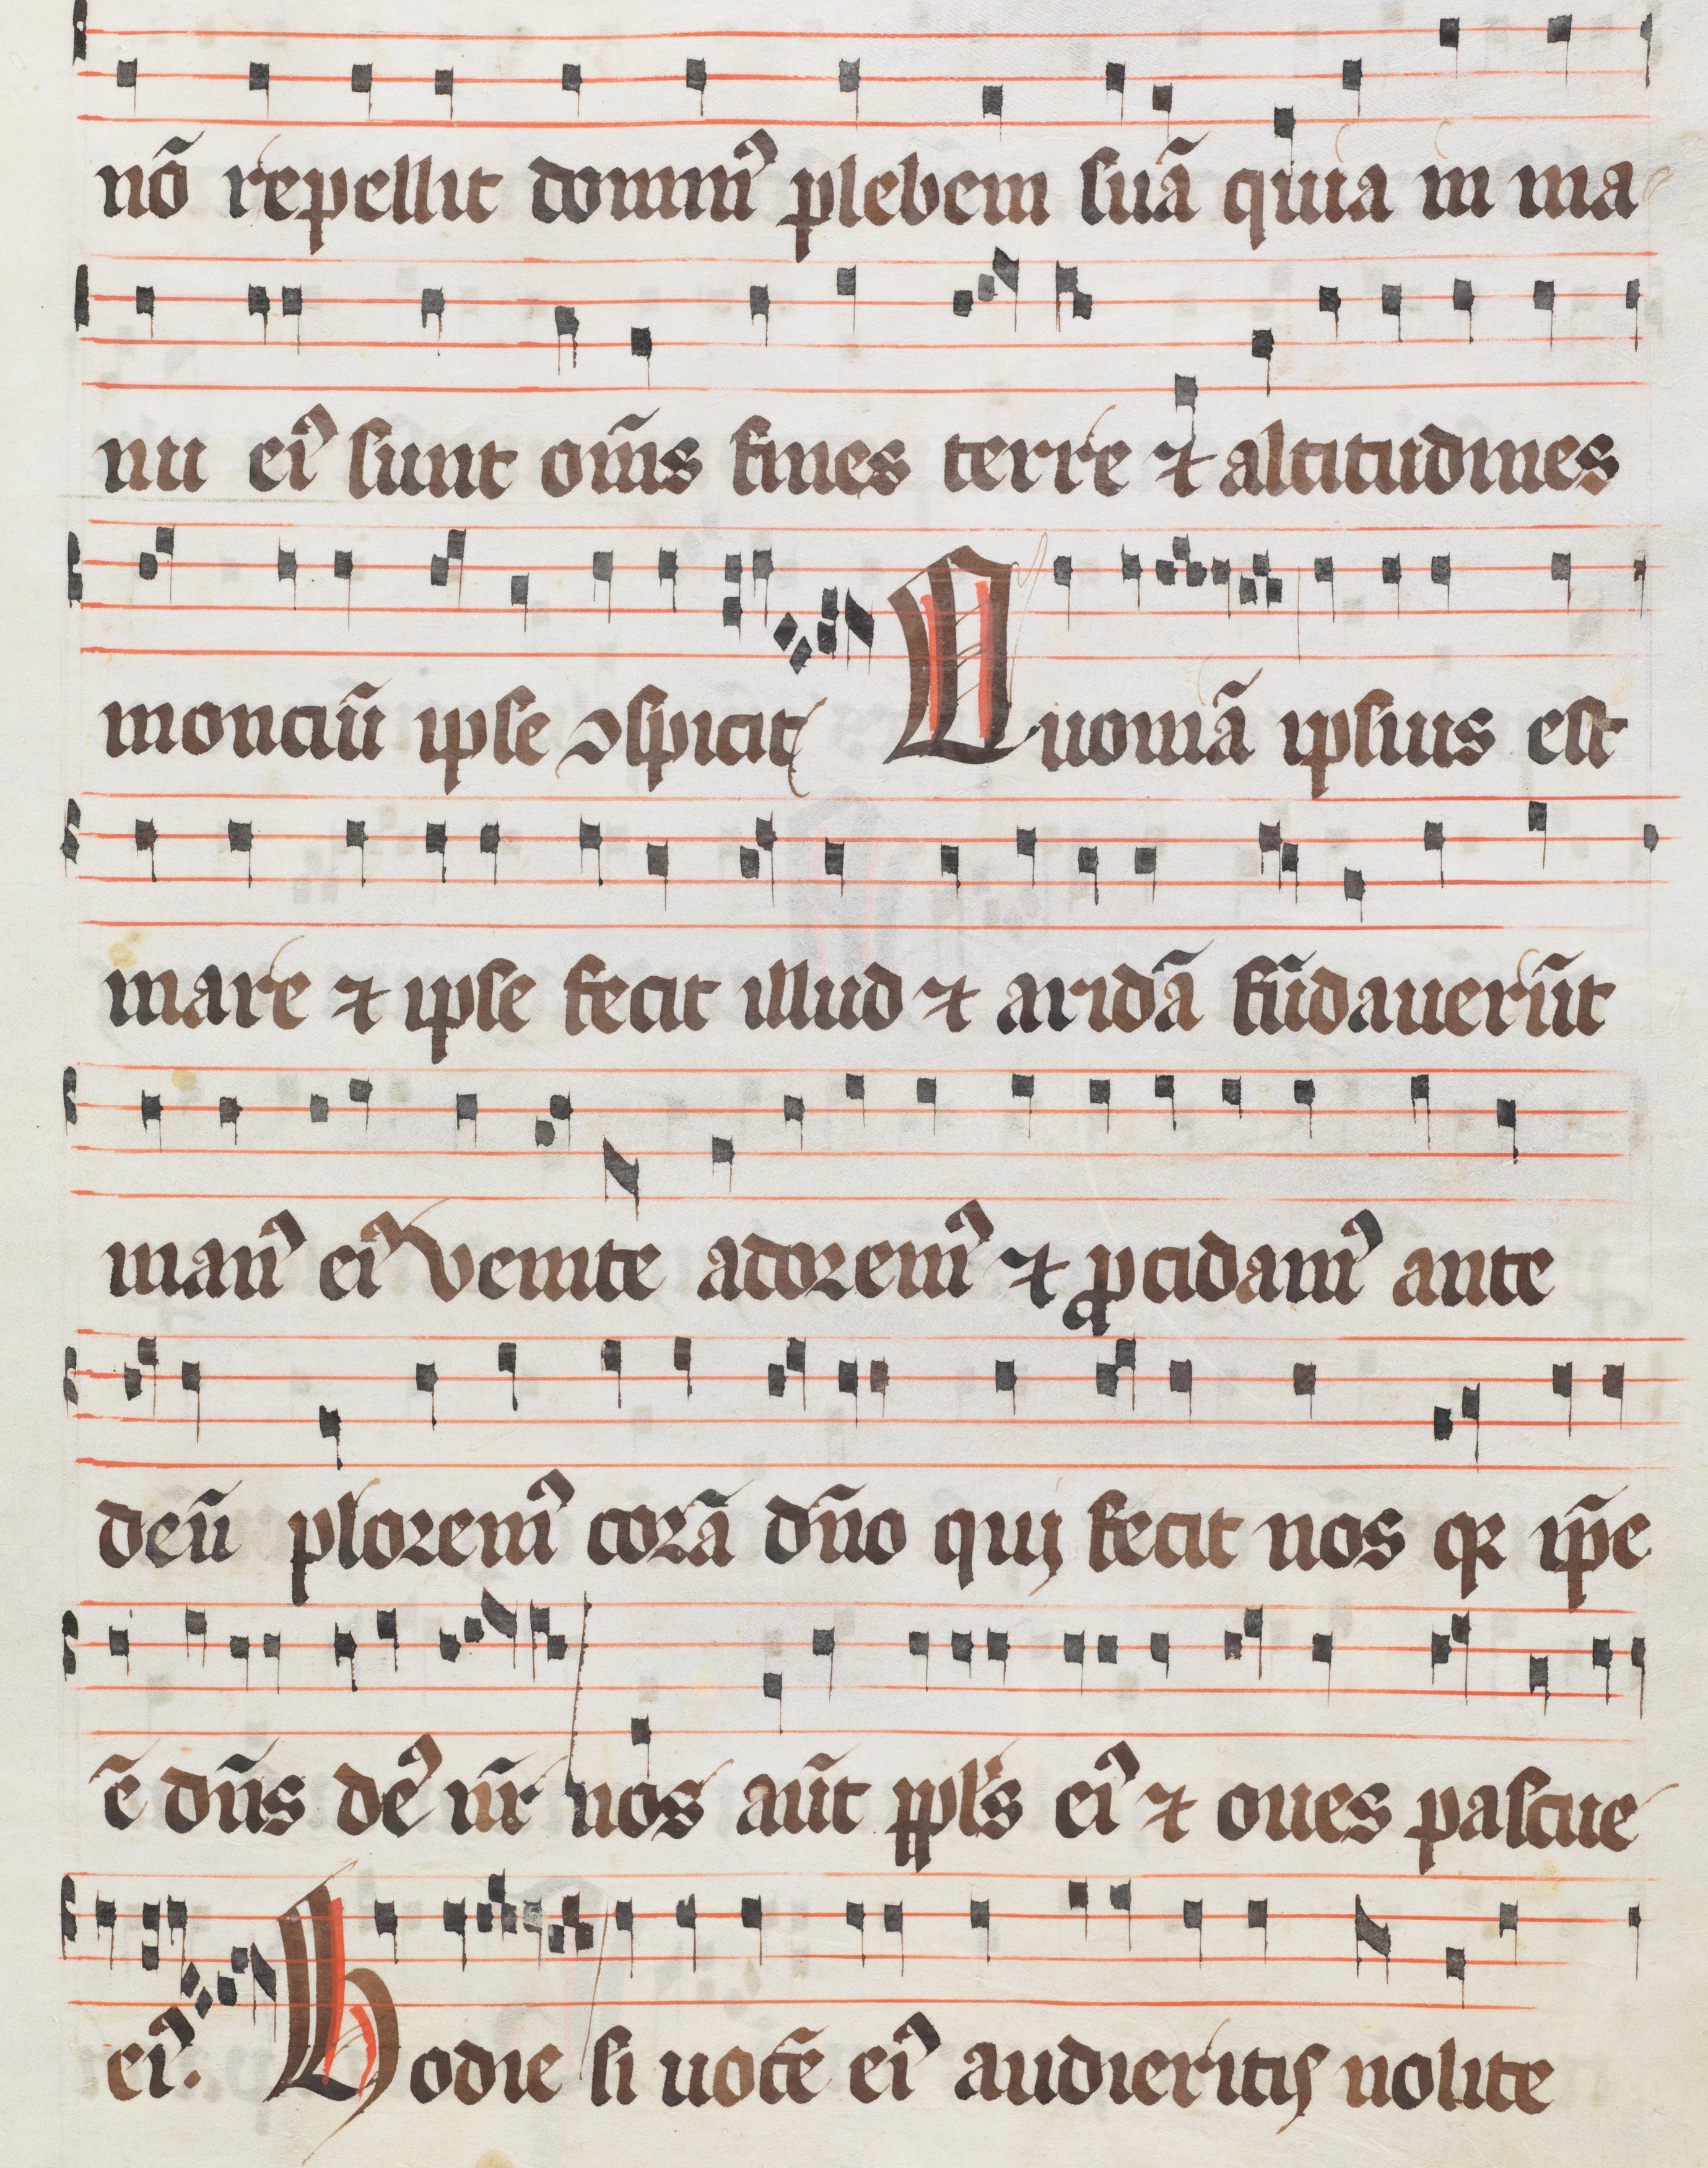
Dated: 1300–1399